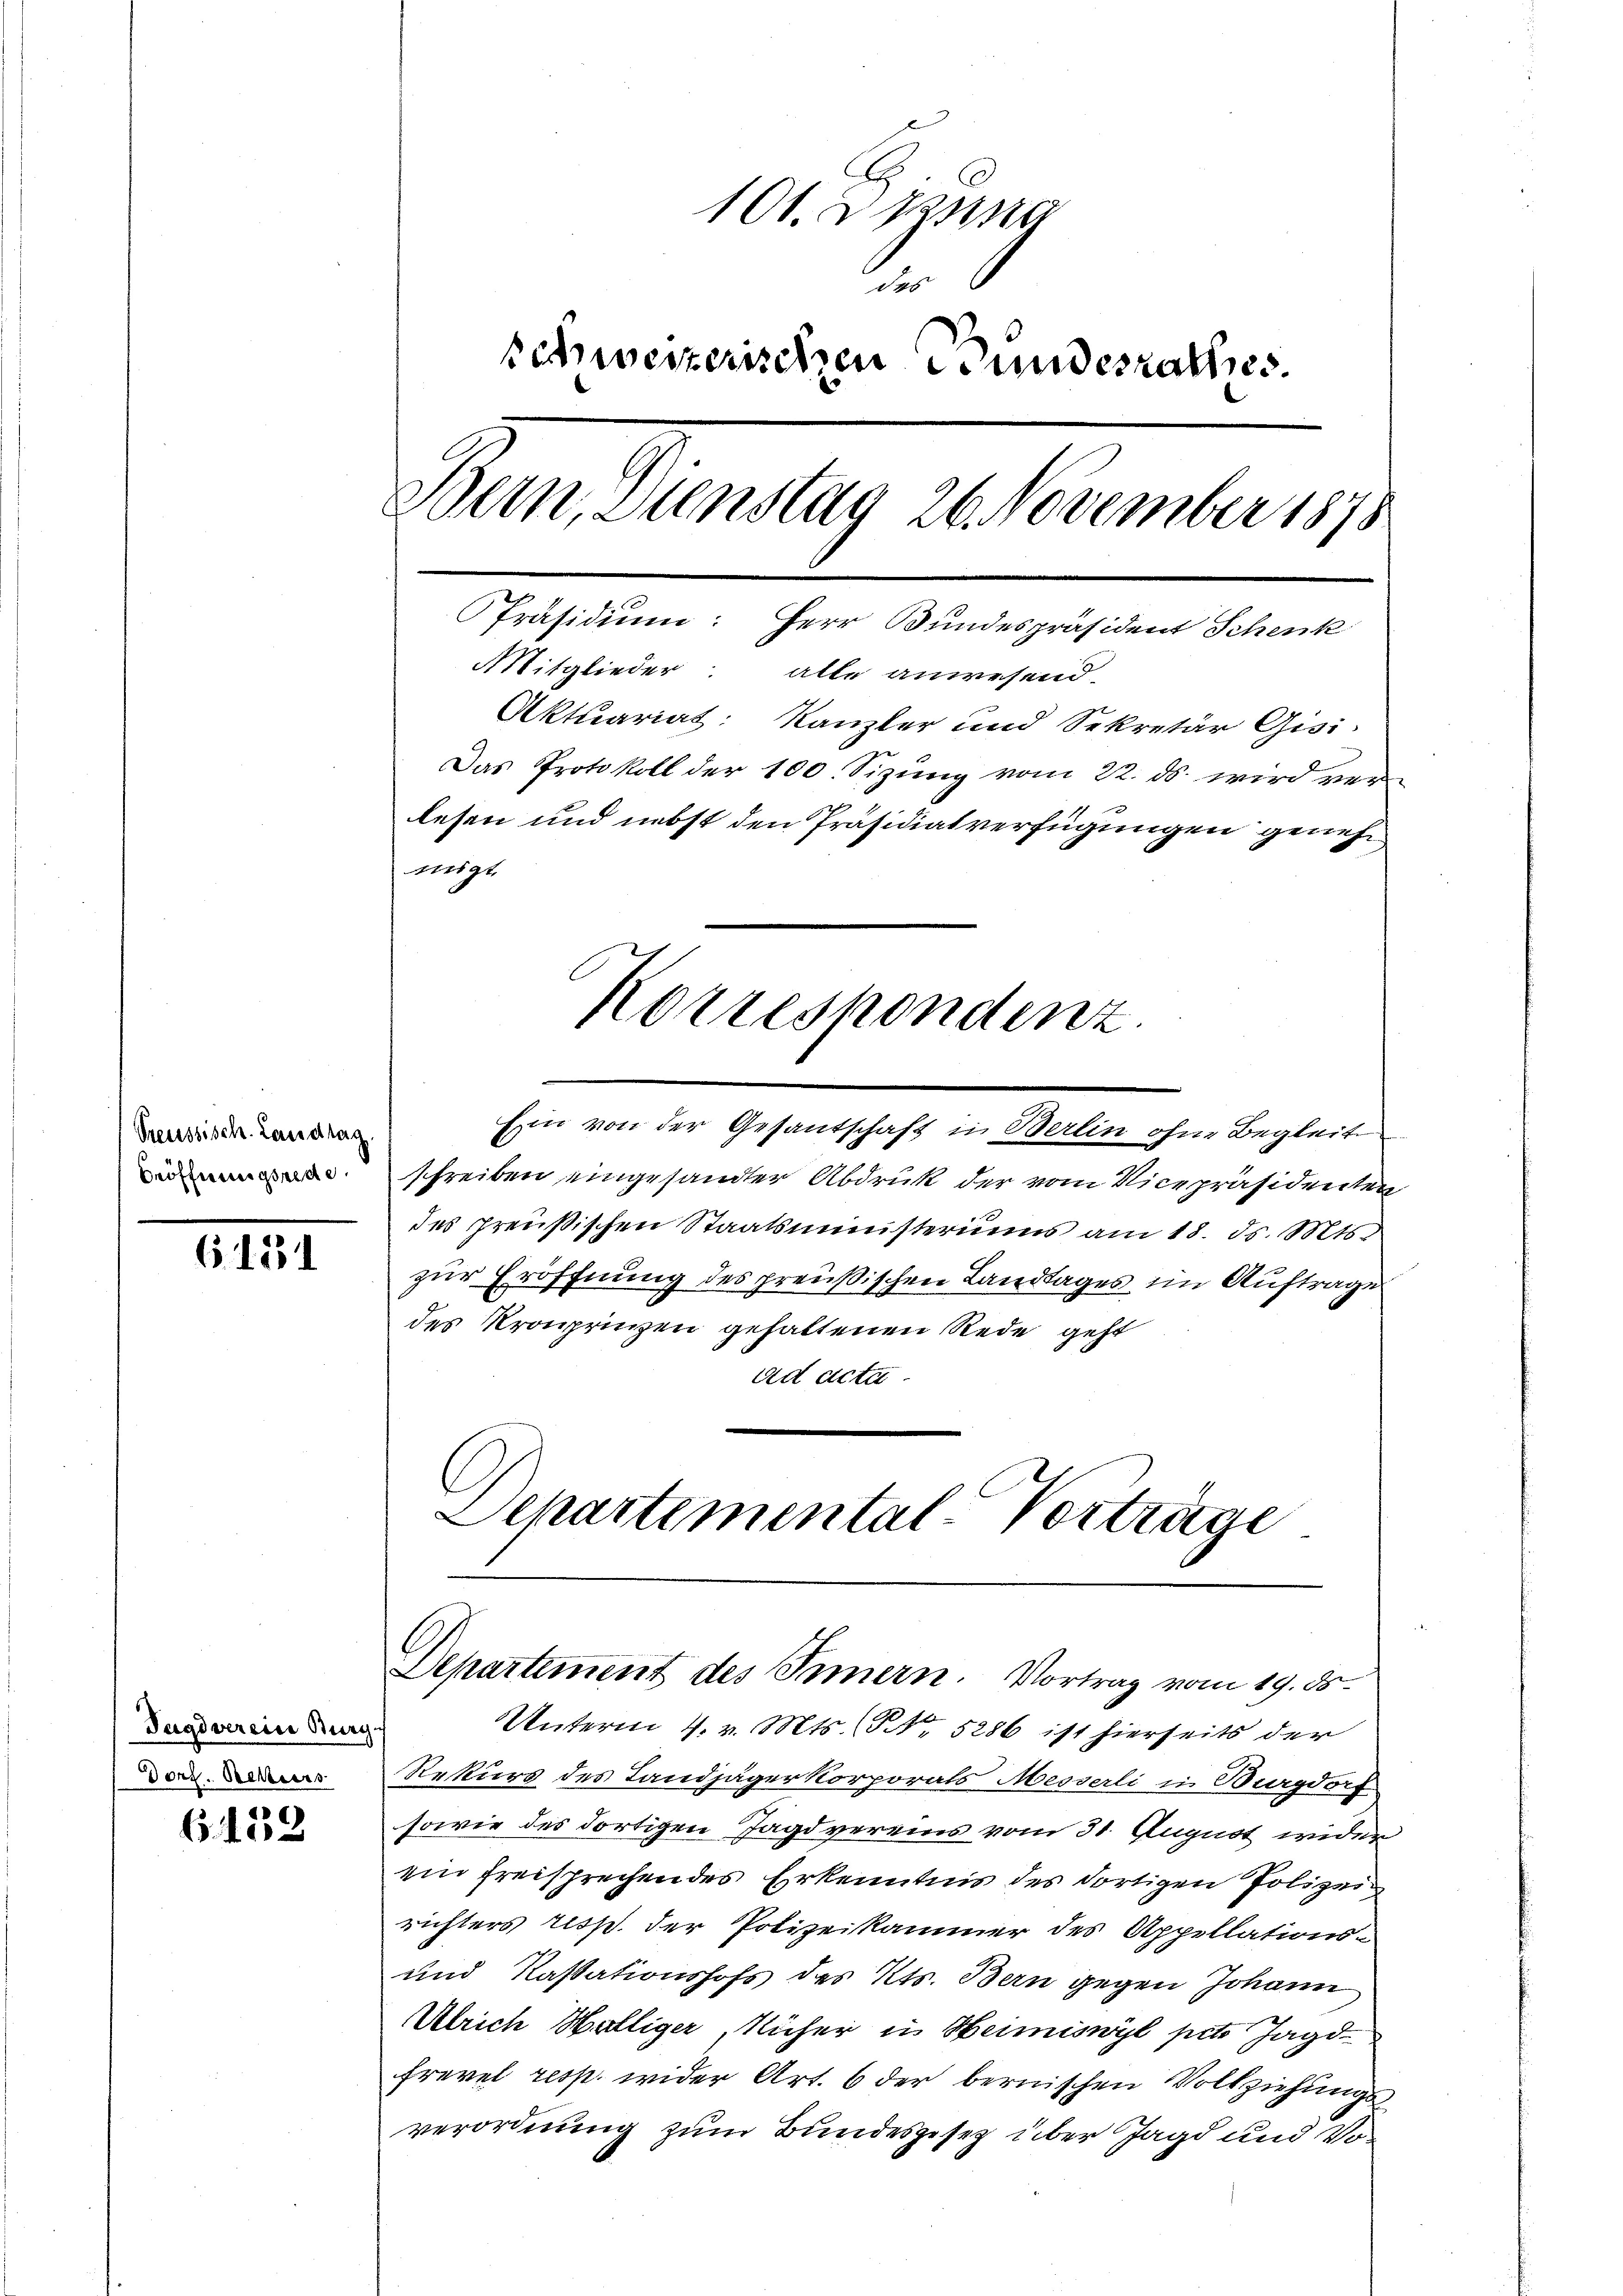
Preussisch. Landtag.
Eröffnungsrede.

6131

Pagsverein Burg
Dorz. Rekurs

6139

101. 2. Passa
.
schweizerischen Bundesrathes.
Bern, Dienstag 26. November 1878
Präsidium: Herr Bundespräsident Schenk
A Mitglieder: alle anwesend
Aktuariat: Kanzler und Sekretär Gisi-
Das Protokoll der 100. Sizung vom 22. ds. wird verlesen und nebst den Präsidialverfügungen genehmigt.
Korrespondenz

Ein von der Gesantschaft in Berlin ohne Begleite
schreiben eingesandter Abdruck der vom Vicepräsidenten
des preußischen Staatsministeriums am 18. ds. Mts.
zur Eröffnung des preußischen Landtages im Auftrage
des Kronprinzen gehaltenen Rede geht
ad acta.
Departemental-Vorträge

Departement des Innern. Vortrag vom 19. ds.

Unterm 4. v. Mts. No 5286 ist hierseits der
Rekurs des Landjägerkorporals Messerli in Burgdorf
sowie des dortigen Jagd vereins vom 31. August wider
ein freisprechen des Erkenntnis des dortigen Polizeirichters resp. der Polizeikammer des Appellations¬
und Kassationshofs des Kts. Bern gegen Johann
Ulrich Hölliger, Richer in Heimiswyl pete Jagdfrevel resp. wider Art. 6 der bernischen Vollziehungs
verordnung zum Bundesgesetz über Jagd und Vo¬